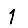
Digit: 1